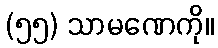
(၅၅) သာမဏေကို။